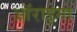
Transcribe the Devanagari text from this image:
ऑराइगा